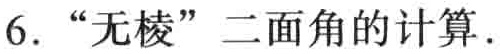
6. “无棱”二面角的计算.